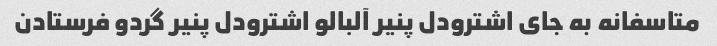
متاسفانه به جای اشترودل پنیر آلبالو اشترودل پنیر گردو فرستادن